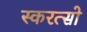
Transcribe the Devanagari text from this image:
स्करत्सो